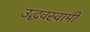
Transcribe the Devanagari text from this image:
उद्धवस्वामी